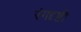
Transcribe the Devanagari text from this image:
रंगदृष्टी